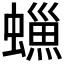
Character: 𧑳